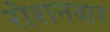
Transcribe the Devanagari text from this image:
रोशनदार